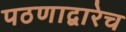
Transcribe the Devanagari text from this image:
पठणाद्वारेच